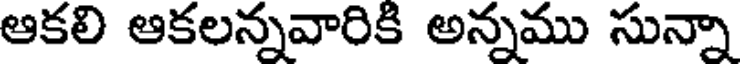
ఆకలి ఆకలన్నవారికి అన్నము సున్నా